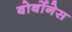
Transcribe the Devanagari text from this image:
बोर्बोनेस